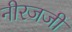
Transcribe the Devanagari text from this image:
नीरजजी